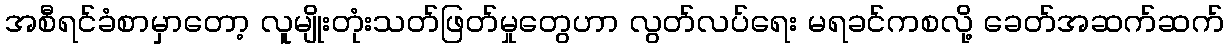
အစီရင်ခံစာမှာတော့ လူမျိုးတုံးသတ်ဖြတ်မှုတွေဟာ လွတ်လပ်ရေး မရခင်ကစလို့ ခေတ်အဆက်ဆက်